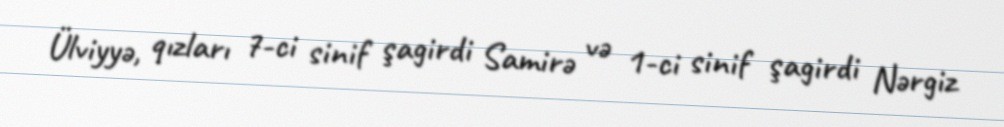
Ülviyyə, qızları 7-ci sinif şagirdi Samirə və 1-ci sinif şagirdi Nərgiz